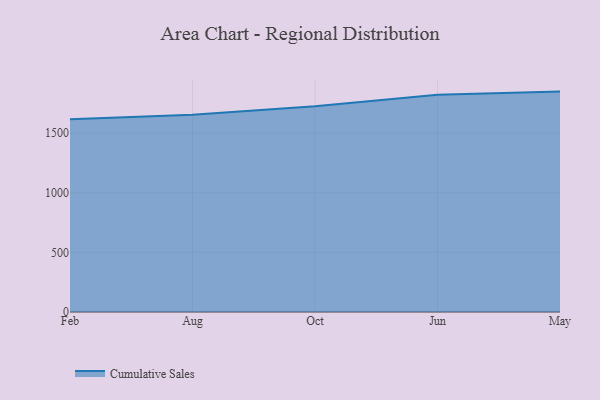
{"axis": {"x": "Month", "y": "Latency (ms)"}, "legend": ["Cumulative Sales"], "data": [{"x": "Feb", "y": 1617.6, "type": "Cumulative Sales"}, {"x": "Aug", "y": 1654.7, "type": "Cumulative Sales"}, {"x": "Oct", "y": 1727.3, "type": "Cumulative Sales"}, {"x": "Jun", "y": 1823.1, "type": "Cumulative Sales"}, {"x": "May", "y": 1849.3, "type": "Cumulative Sales"}]}